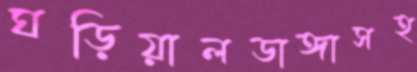
ঘড়িয়ালডাঙ্গাসহ